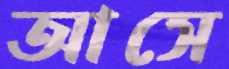
আসে